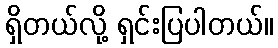
ရှိတယ်လို့ ရှင်းပြပါတယ်။